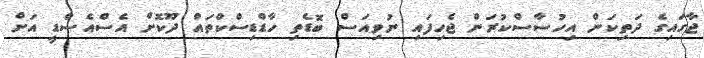
ޖާގައިގެ ދަތިކަން އިހުސާސްކުރަން ޖެހިފައި ނުވިއަސް ބޮޑެތި ހާޑްޑިސްކްތައް ދޫކޮށް އެސްއެސްޑީ އަށް